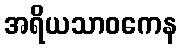
အရိယသာဝကေန